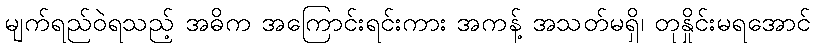
မျက်ရည်ဝဲရသည့် အဓိက အကြောင်းရင်းကား အကန့် အသတ်မရှိ၊ တုနှိုင်းမရအောင်